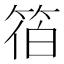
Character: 𮅓